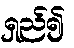
ရှည်၍